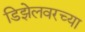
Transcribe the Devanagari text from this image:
डिझेलवरच्या